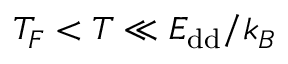
T _ { F } < T \ll E _ { \mathrm { d d } } / k _ { B }